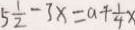
5 \frac { 1 } { 2 } - 3 x = a + \frac { 1 } { 4 } x